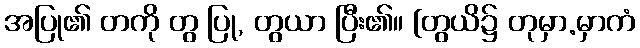
အပြု၏ တကို တွ ပြု, တွယာ ပြီး၏။ [တွယိ၌ တုမှာ.မှာကံ